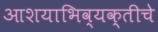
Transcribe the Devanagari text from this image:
आशयाभिव्यक्तीचे